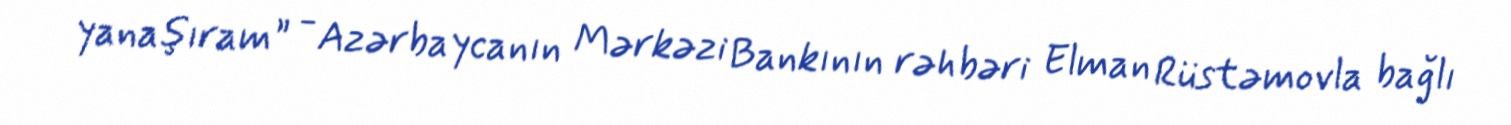
yanaşıram” - Azərbaycanın Mərkəzi Bankının rəhbəri Elman Rüstəmovla bağlı